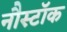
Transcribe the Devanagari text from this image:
नौस्टॉक